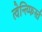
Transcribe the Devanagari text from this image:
त्वेन्त्य्फिर्स्त